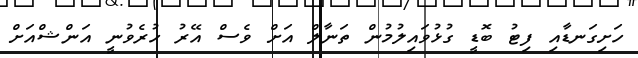
ހަށިގަނޑާއި ފިޓު ބޮޑީ ގުޅުވައިލުމުން ތަނާލް އަށް ވެސް އޭރު ހުރެވުނީ އަންޝްއަށް